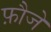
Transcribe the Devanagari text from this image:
फ़ौजे